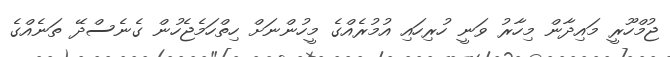
ޖުމްހޫރީ މައިދާން މިހާރު ވަނީ ހުރިހައި އުމުރެއްގެ މީހުންނަށް ހިތްހަމެޖެހުން ގެނެސްދޭ ތަނެއްގެ